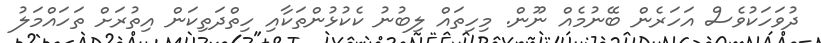
ދުވަހަކުވެސް އަހަރެން ބޭނުމެއް ނޫން. މިހިތައް ލިބުނު ކެކުޅުންތަކާއި ހިތްދަތިކަން އިތުރަށް ތަހައްމަލު